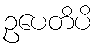
ဥပေတိပိ